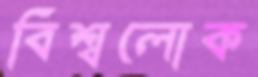
বিশ্বলোক